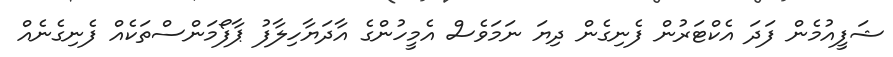
ޝަފީއުމެން ފަދަ އެކްޓަރުން ފެނިގެން ދިޔަ ނަމަވެސް އެމީހުންގެ އާދަޔާހިލާފު ޕާފޯމަންސްތަކެއް ފެނިގެނެއް